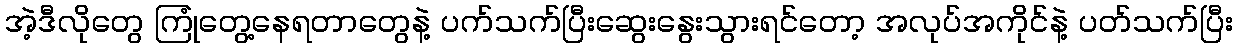
အဲ့ဒီလိုတွေ ကြုံတွေ့နေရတာတွေနဲ့ ပက်သက်ပြီးဆွေးနွေးသွားရင်တော့ အလုပ်အကိုင်နဲ့ ပတ်သက်ပြီး